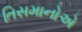
તિસમાનોએ